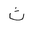
Letter: _tha